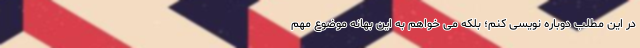
در این مطلب دوباره نویسی کنم؛ بلکه می خواهم به این بهانه موضوع مهم